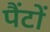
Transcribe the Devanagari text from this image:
पैंटों